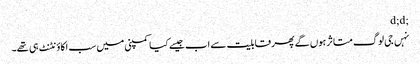
;d;d
نہں جی لوگ متاثر ہوں گے پھر قابلیت سے اب جیسے کیا کمپنی میں سب اکاؤنٹنٹ ہی تھے۔